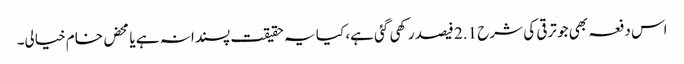
اس دفعہ بھی جو ترقی کی شرح 2.1 فیصد رکھی گئی ہے، کیا یہ حقیقت پسندانہ ہے یا محض خام خیالی۔